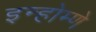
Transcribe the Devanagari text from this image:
इन्होम्णे